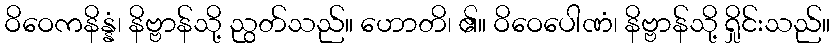
ဝိဝေကနိန္နံ၊ နိဗ္ဗာန်သို့ ညွတ်သည်။ ဟောတိ၊ ၏။ ဝိဝေပေါဏံ၊ နိဗ္ဗာန်သို့ ရှိုင်းသည်။